Jaan_Tonisson_(Lasteleht), lk 148
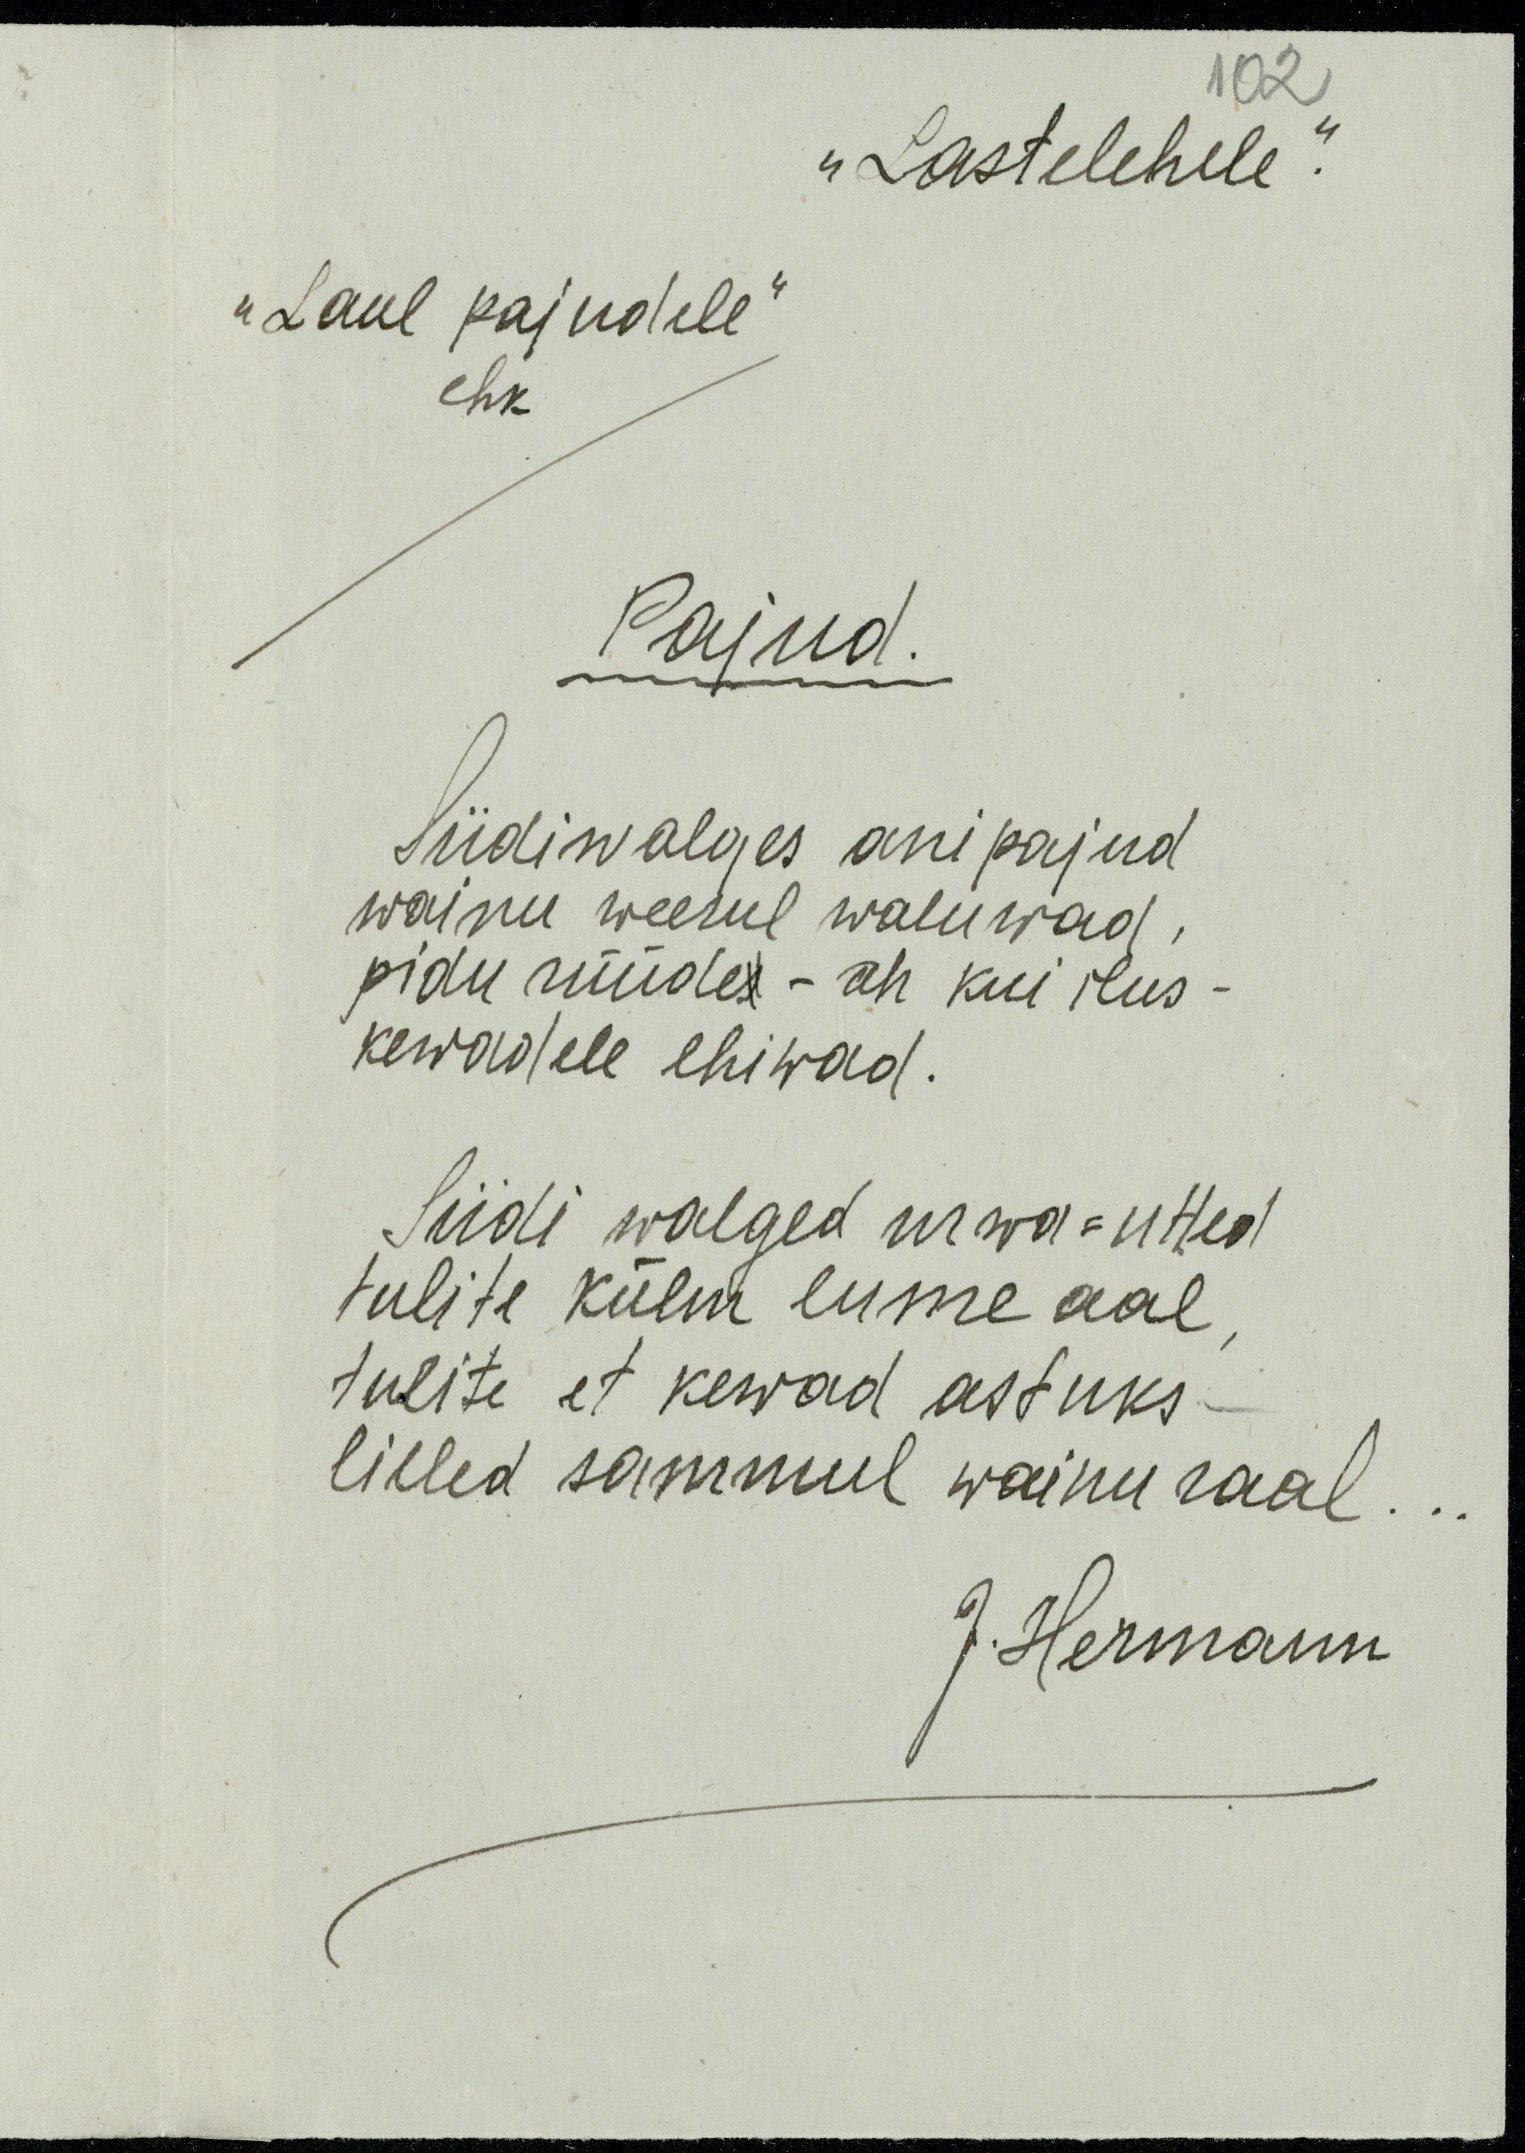
102
"Lastelehele."
"laul pajudele"
ehk
Pajud.
Siidiwalges ani pajud
wainu weerul waluwad,
pidu rüüdes - oh kui ilus -
kewadele ehiwad.
Siidi walged urwa-utted
tulite külm lume aal,
tulite et kewad astuks
lilled sammul wainu raal . . .
J. Hermann